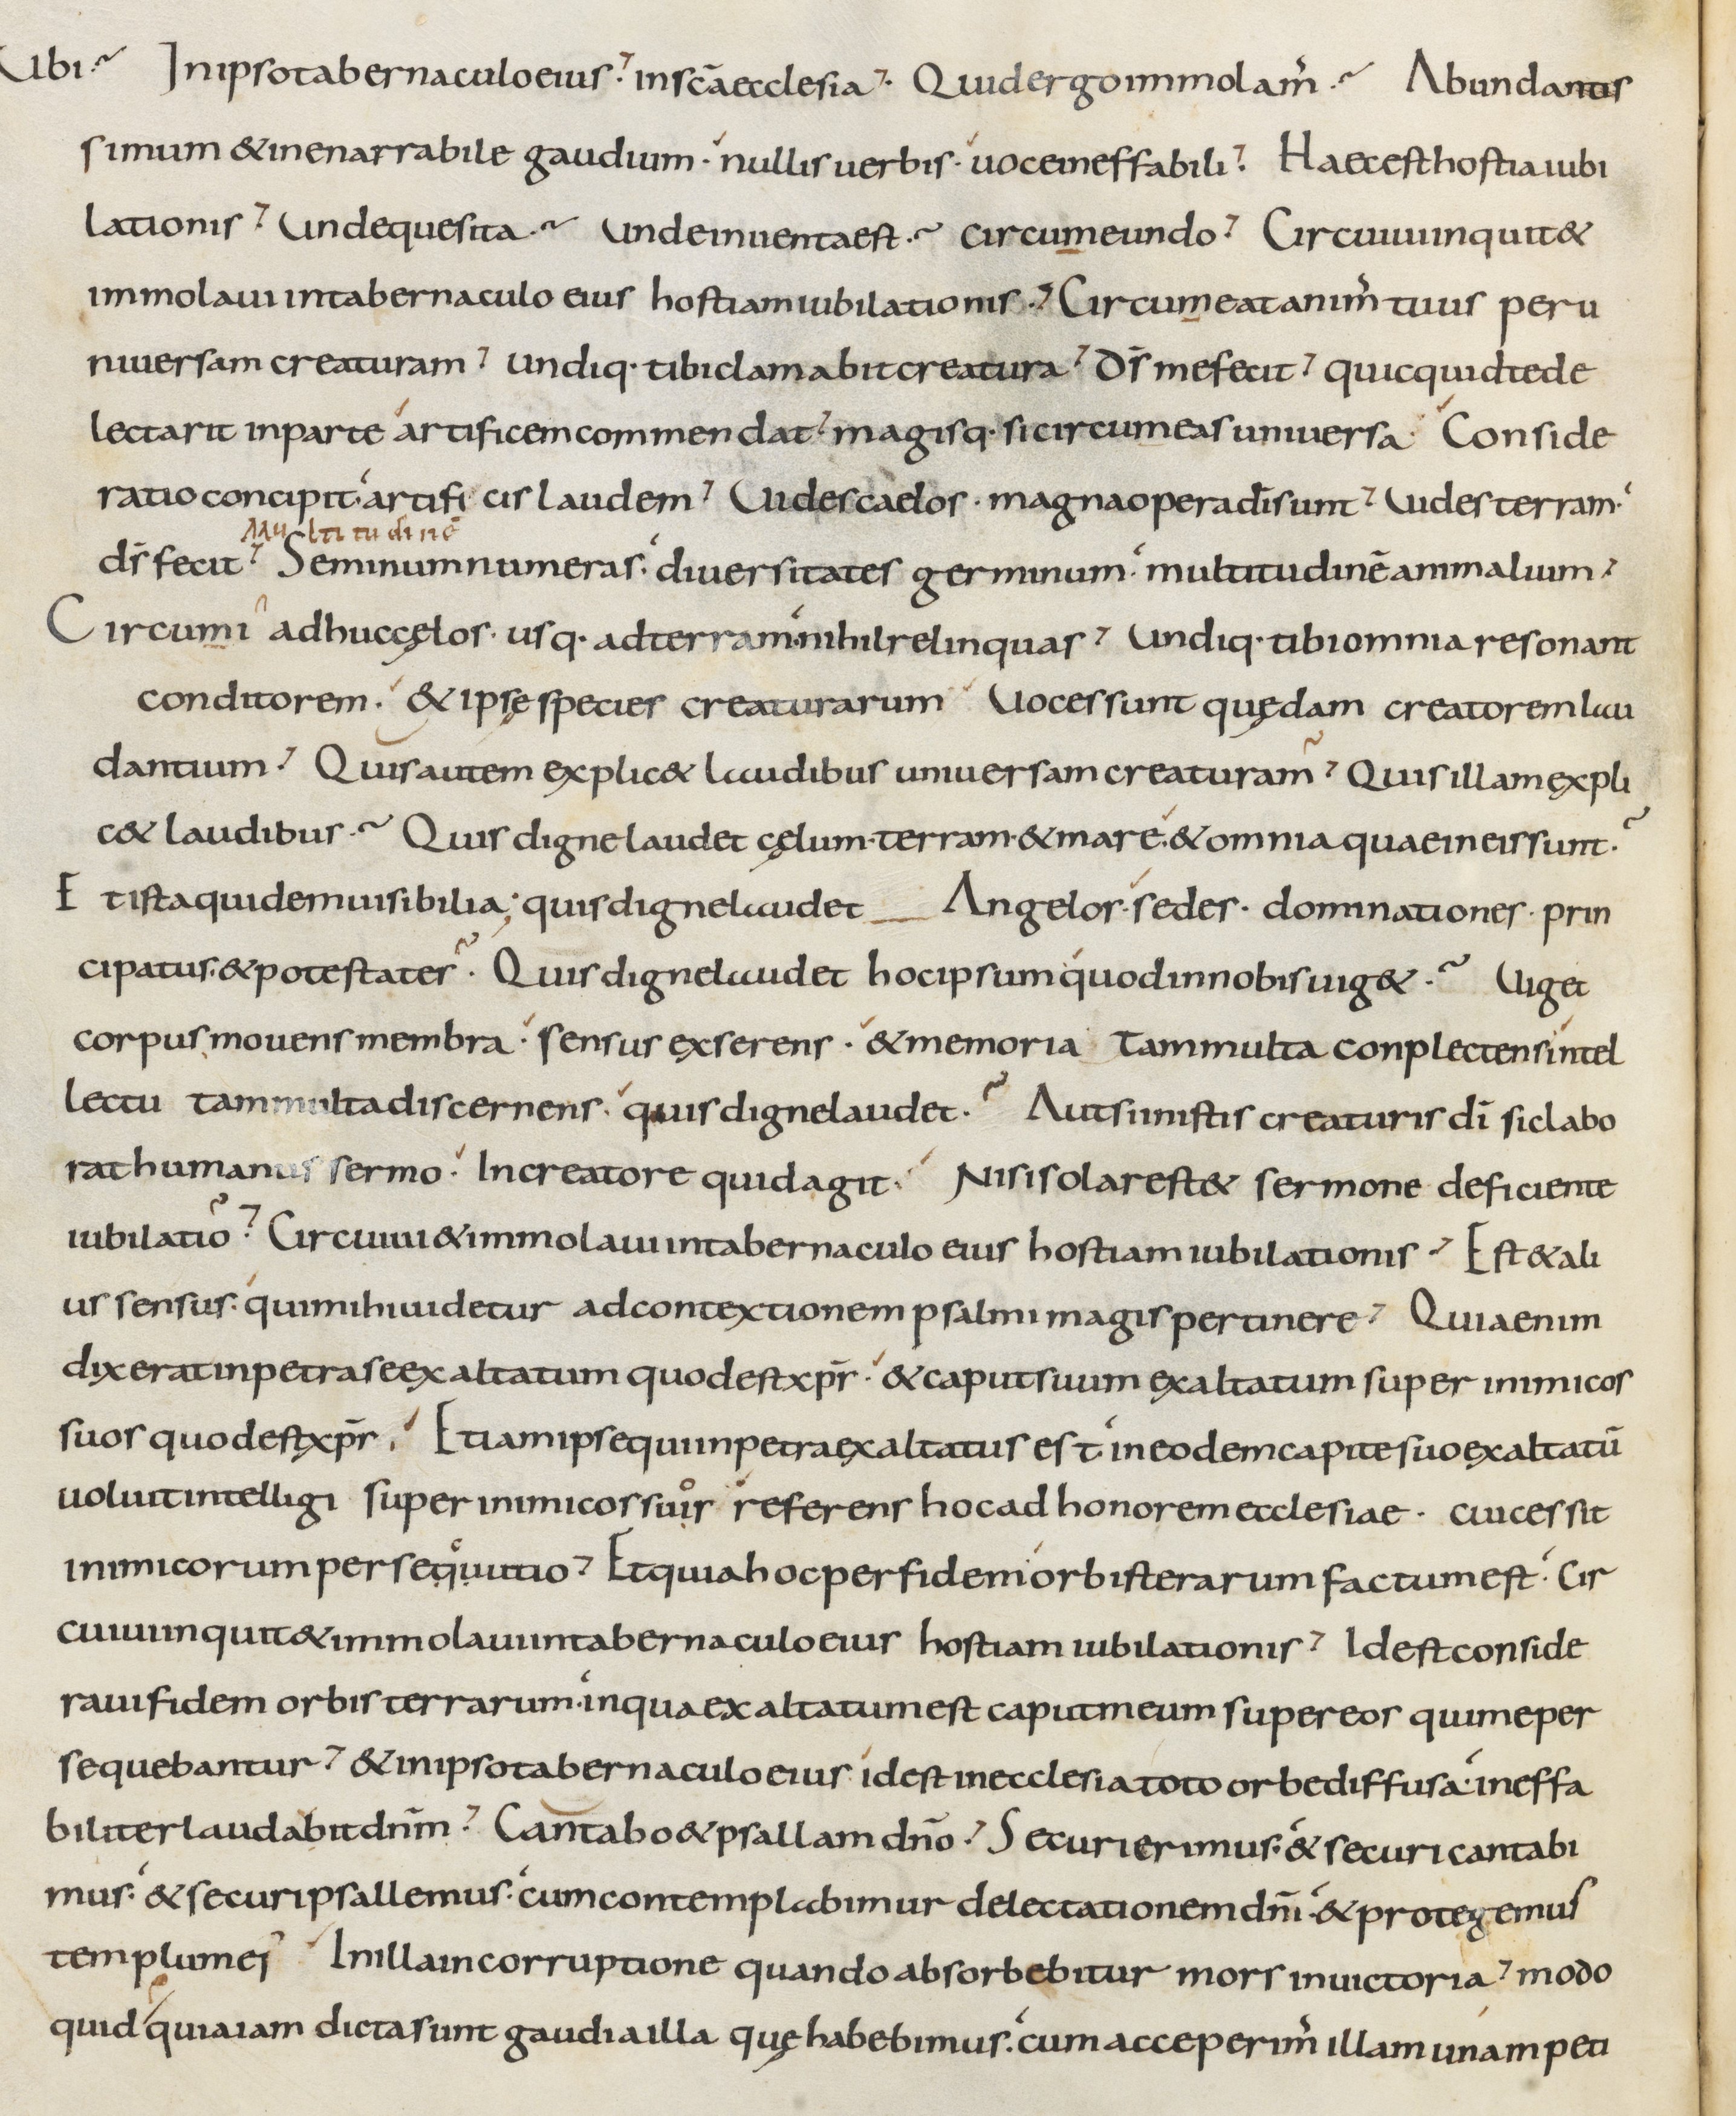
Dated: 800–899